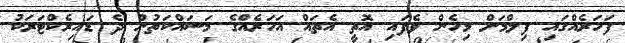
ފަހަރެއްގައި ފިލްމަށް މިހެން ވެފައި އޮތީ އެތައް އަހަރެއްގެ މަސައްކަތުން ދެ ޑައިރެކްޓަރަކު